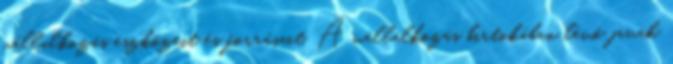
vállalkozás eszközeit és forrásait. A vállalkozás birtokában lévő javak